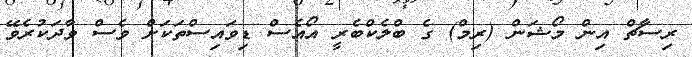
ރިސާޗް އިން މޯޝަން (ރިމް) ގެ ބްލެކްބެރީ އޯއެސް ޑިވައިސްތަކަށް ވެސް ވާދަކުރެވޭ